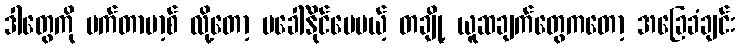
ဒါတွေကို မက်တာဗာ့စ် လို့တော့ မခေါ်နိုင်ပေမယ့် တချို့ ယူဆချက်တွေကတော့ အခြေခံချင်း